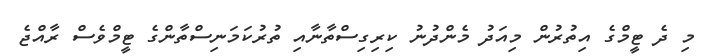
މި ދެ ޓީމްގެ އިތުރުން މިއަދު މެންދުނު ކިރިގިސްތާނާއި ތުރުކަމަނިސްތާންގެ ޓީމްވެސް ރާއްޖެ